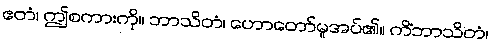
ဧတံ၊ ဤစကားကို။ ဘာသိတံ၊ ဟောတော်မူအပ်၏။ ကိံဘာသိတံ၊